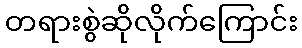
တရားစွဲဆိုလိုက်ကြောင်း